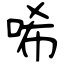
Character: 唏